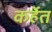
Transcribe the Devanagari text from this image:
कर्हेत